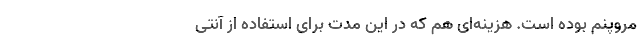
مِرُوپنم بوده است. هزینه‌ای هم که در این مدت برای استفاده از آنتی